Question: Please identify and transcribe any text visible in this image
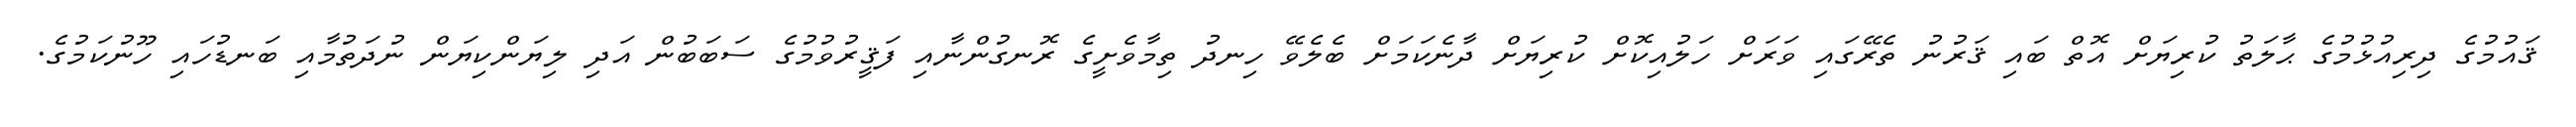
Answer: ޤައުމުގެ ދިރިއުޅުމުގެ ޙާލަތު ކުރިޔަށް އޮތް ބައި ޤަރުނު ތެރޭގައި ވަރަށް ހަލުއިކޮށް ކުރިޔަށް ދާނެކަމަށް ބެލެވޭ ހިނދު ތިމާވެށީގެ ރޮނގުންނާއި ފަޤީރުވުމުގެ ސަބަބުން އަދި ލިޔަންކިޔަން ނުދަތުމާއި ބަނޑުހައި ހޫނުކަމުގެ.